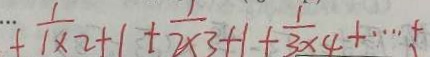
+ \frac { 1 } { 1 \times 2 } _ { + 1 + } \frac { 1 } { 2 \times 3 } _ { + 1 + } \frac { 1 } { 3 \times 4 } + \cdots +